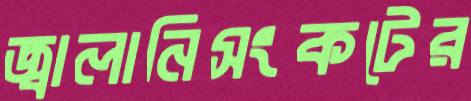
জ্বালানিসংকটের